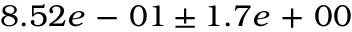
8 . 5 2 e \mathrm { ~ - ~ } 0 1 \pm 1 . 7 e \mathrm { ~ + ~ } 0 0